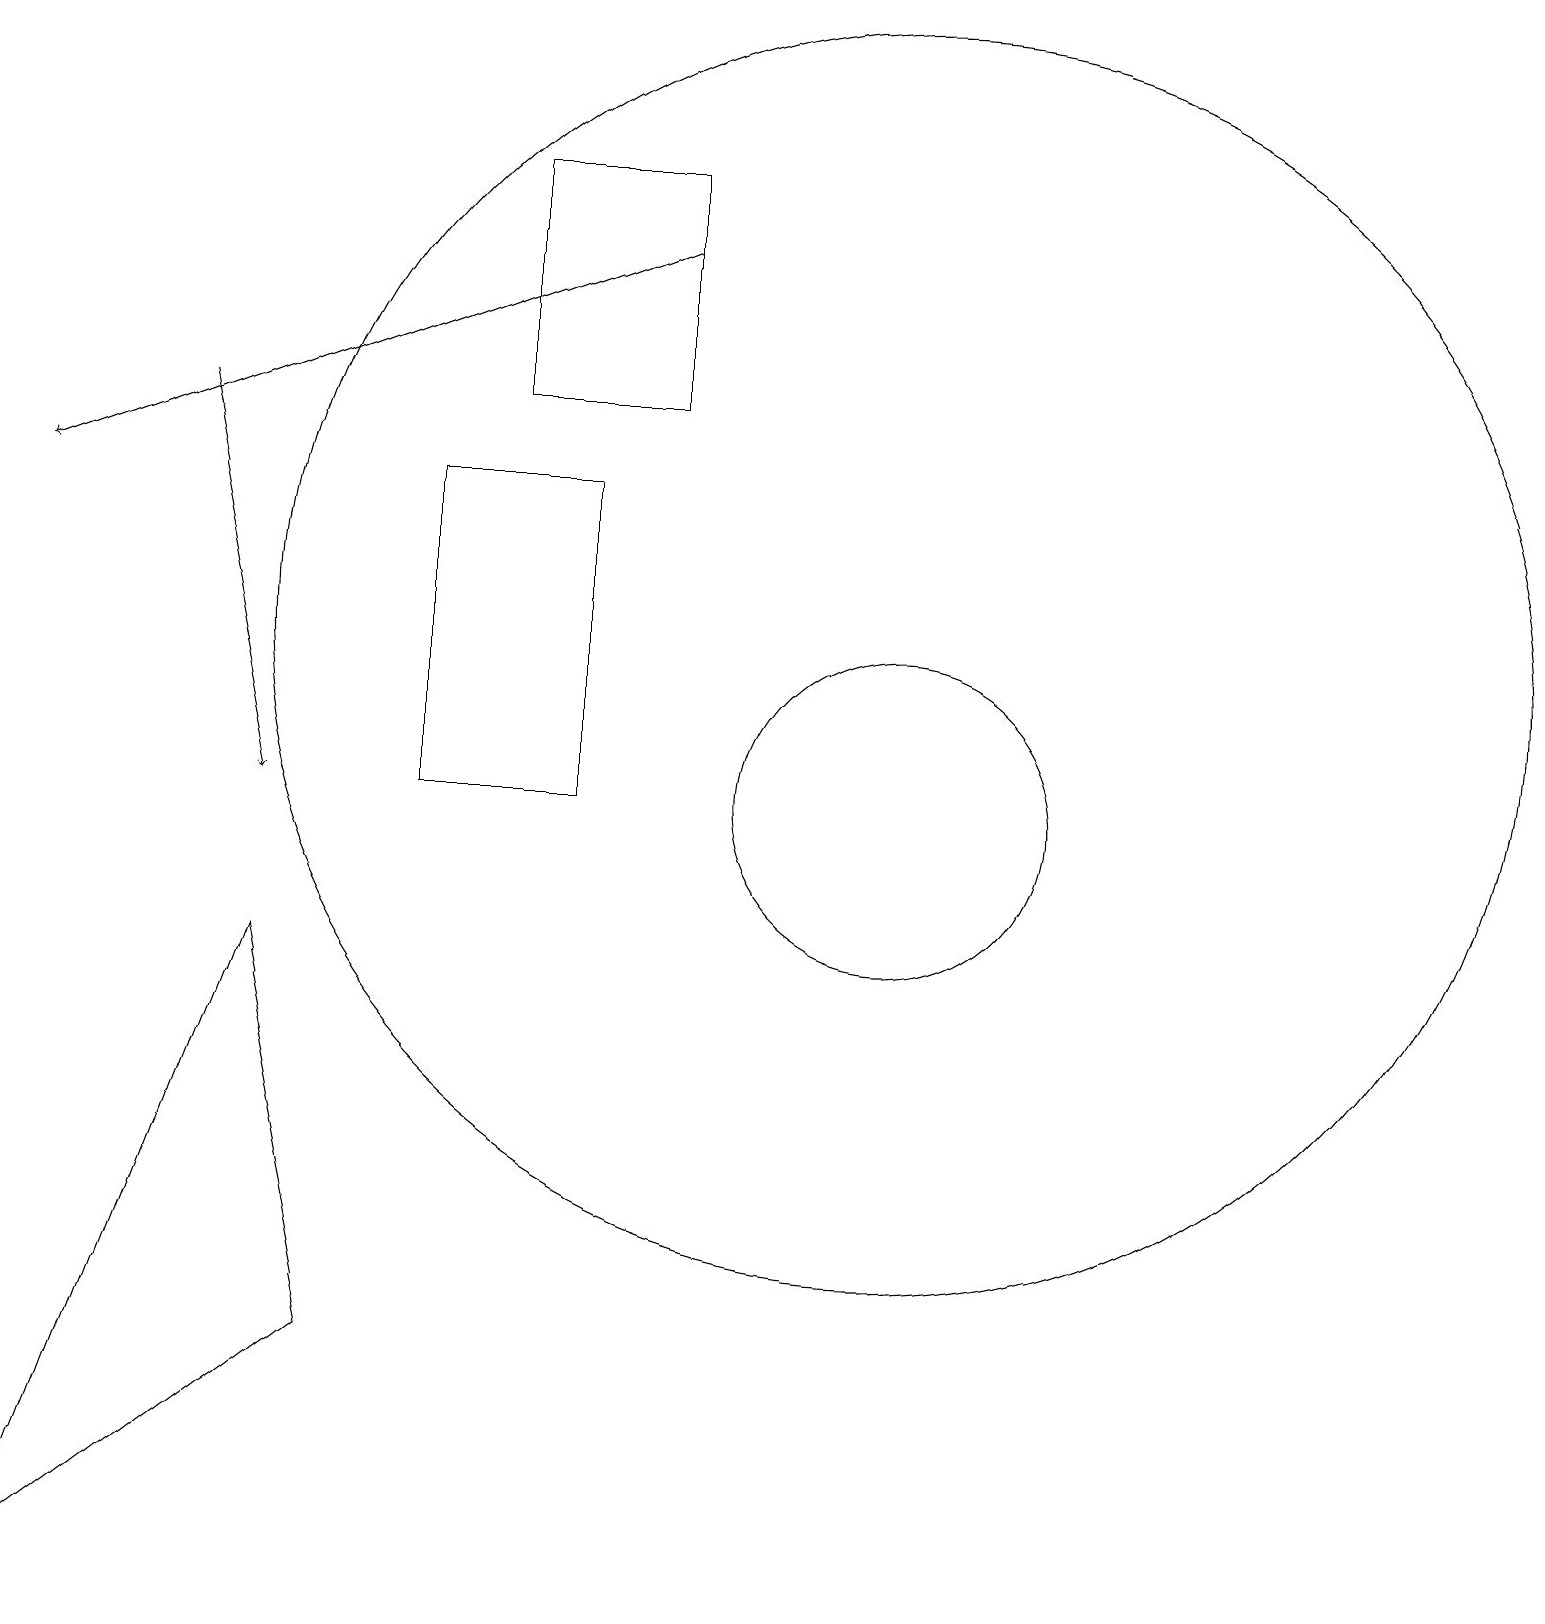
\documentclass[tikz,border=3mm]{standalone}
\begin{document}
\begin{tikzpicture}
\draw (5,14) rectangle (7,10);
\draw (0,0) -- (4,3) -- (3,8) -- cycle;
\draw[->] (8,17) -- (0,14);
\draw (11,12) circle (8);
\draw (6,18) rectangle (8,15);
\draw[->] (2,15) -- (3,10);
\draw (11,10) circle (2);
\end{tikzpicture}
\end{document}